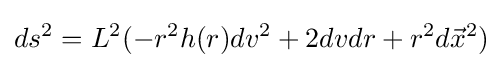
ds^{2}=L^{2}(-r^{2}h(r)dv^{2}+2dvdr+r^{2}d{\vec {x}}^{2})